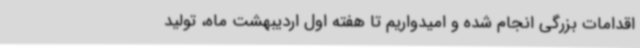
اقدامات بزرگی انجام شده و امیدواریم تا هفته اول اردیبهشت ماه، تولید